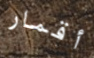
أقمار